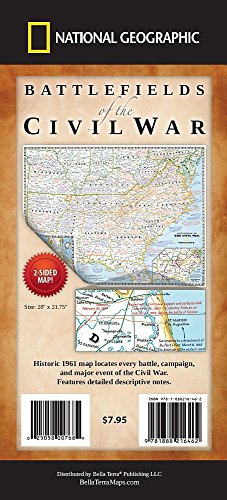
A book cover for Battlefields of the Civil War Map; National Geographic Society; History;